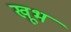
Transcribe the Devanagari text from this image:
खूभ